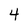
Character: 4